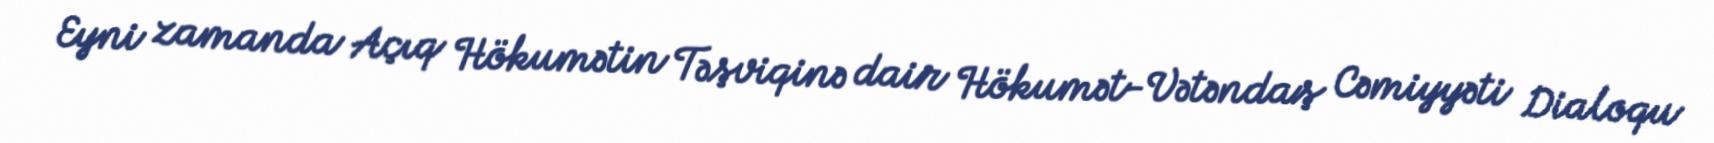
Eyni zamanda Açıq Hökumətin Təşviqinə dair Hökumət-Vətəndaş Cəmiyyəti Dialoqu